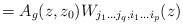
LaTeX: \begin{align*}= A_g(z,z_0) W_{j_1 \ldots j_q ,i_1 \ldots i_p} (z)\end{align*}